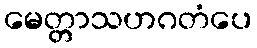
မေတ္တာသဟဂတံပေ